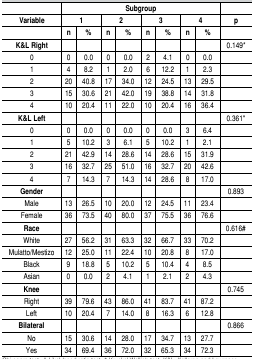
<table><thead><tr><td></td><td colspan="4"><b>Subgroup </b></td><td colspan="2"></td></tr><tr><td><b>Variable</b></td><td colspan="2"><b>1 </b></td><td colspan="2"><b>2 </b></td><td colspan="2"><b>3 </b></td><td colspan="2"><b>4 </b></td><td><b>p</b></td></tr><tr><td></td><td><b>n</b></td><td><b>%</b></td><td><b>n</b></td><td><b>%</b></td><td><b>n</b></td><td><b>%</b></td><td><b>n</b></td><td><b>%</b></td><td></td></tr><tr><td><b>K&amp;L Right</b></td><td></td><td></td><td></td><td></td><td></td><td></td><td></td><td></td><td><b>0.149*</b></td></tr></thead><tbody><tr><td>0</td><td>0</td><td>0.0</td><td>0</td><td>0.0</td><td>2</td><td>4.1</td><td>0</td><td>0.0</td><td></td></tr><tr><td>1</td><td>4</td><td>8.2</td><td>1</td><td>2.0</td><td>6</td><td>12.2</td><td>1</td><td>2.3</td><td></td></tr><tr><td>2</td><td>20</td><td>40.8</td><td>17</td><td>34.0</td><td>12</td><td>24.5</td><td>13</td><td>29.5</td><td></td></tr><tr><td>3</td><td>15</td><td>30.6</td><td>21</td><td>42.0</td><td>19</td><td>38.8</td><td>14</td><td>31.8</td><td></td></tr><tr><td>4</td><td>10</td><td>20.4</td><td>11</td><td>22.0</td><td>10</td><td>20.4</td><td>16</td><td>36.4</td><td></td></tr><tr><td>K&amp;L Left</td><td></td><td></td><td></td><td></td><td></td><td></td><td></td><td></td><td>0.361*</td></tr><tr><td>0</td><td>0</td><td>0.0</td><td>0</td><td>0.0</td><td>0</td><td>0.0</td><td>3</td><td>6.4</td><td></td></tr><tr><td>1</td><td>5</td><td>10.2</td><td>3</td><td>6.1</td><td>5</td><td>10.2</td><td>1</td><td>2.1</td><td></td></tr><tr><td>2</td><td>21</td><td>42.9</td><td>14</td><td>28.6</td><td>14</td><td>28.6</td><td>15</td><td>31.9</td><td></td></tr><tr><td>3</td><td>16</td><td>32.7</td><td>25</td><td>51.0</td><td>16</td><td>32.7</td><td>20</td><td>42.6</td><td></td></tr><tr><td>4</td><td>7</td><td>14.3</td><td>7</td><td>14.3</td><td>14</td><td>28.6</td><td>8</td><td>17.0</td><td></td></tr><tr><td>Gender</td><td></td><td></td><td></td><td></td><td></td><td></td><td></td><td></td><td>0.893</td></tr><tr><td>Male</td><td>13</td><td>26.5</td><td>10</td><td>20.0</td><td>12</td><td>24.5</td><td>11</td><td>23.4</td><td></td></tr><tr><td>Female</td><td>36</td><td>73.5</td><td>40</td><td>80.0</td><td>37</td><td>75.5</td><td>36</td><td>76.6</td><td></td></tr><tr><td>Race</td><td></td><td></td><td></td><td></td><td></td><td></td><td></td><td></td><td>0.616#</td></tr><tr><td>White</td><td>27</td><td>56.2</td><td>31</td><td>63.3</td><td>32</td><td>66.7</td><td>33</td><td>70.2</td><td></td></tr><tr><td>Mulatto/Mestizo</td><td>12</td><td>25.0</td><td>11</td><td>22.4</td><td>10</td><td>20.8</td><td>8</td><td>17.0</td><td></td></tr><tr><td>Black</td><td>9</td><td>18.8</td><td>5</td><td>10.2</td><td>5</td><td>10.4</td><td>4</td><td>8.5</td><td></td></tr><tr><td>Asian</td><td>0</td><td>0.0</td><td>2</td><td>4.1</td><td>1</td><td>2.1</td><td>2</td><td>4.3</td><td></td></tr><tr><td>Knee</td><td></td><td></td><td></td><td></td><td></td><td></td><td></td><td></td><td>0.745</td></tr><tr><td>Right</td><td>39</td><td>79.6</td><td>43</td><td>86.0</td><td>41</td><td>83.7</td><td>41</td><td>87.2</td><td></td></tr><tr><td>Left</td><td>10</td><td>20.4</td><td>7</td><td>14.0</td><td>8</td><td>16.3</td><td>6</td><td>12.8</td><td></td></tr><tr><td>Bilateral</td><td></td><td></td><td></td><td></td><td></td><td></td><td></td><td></td><td>0.866</td></tr><tr><td>No</td><td>15</td><td>30.6</td><td>14</td><td>28.0</td><td>17</td><td>34.7</td><td>13</td><td>27.7</td><td></td></tr><tr><td>Yes</td><td>34</td><td>69.4</td><td>36</td><td>72.0</td><td>32</td><td>65.3</td><td>34</td><td>72.3</td><td></td></tr></tbody></table>